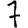
Digit: 7